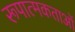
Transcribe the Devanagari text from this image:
रूपात्मकताओं